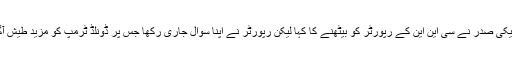
امریکی صدر نے سی این این کے رپورٹر کو بیٹھنے کا کہا لیکن رپورٹر نے اپنا سوال جاری رکھا جس پر ڈونلڈ ٹرمپ کو مزید طیش آگیا ۔